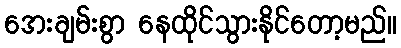
အေးချမ်းစွာ နေထိုင်သွားနိုင်တော့မည်။